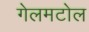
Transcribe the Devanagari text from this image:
गेलमटोल